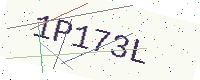
Text: 1P173L